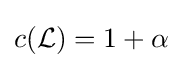
c({\mathcal {L}})=1+\alpha